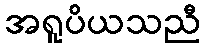
အရူပိယသညီ